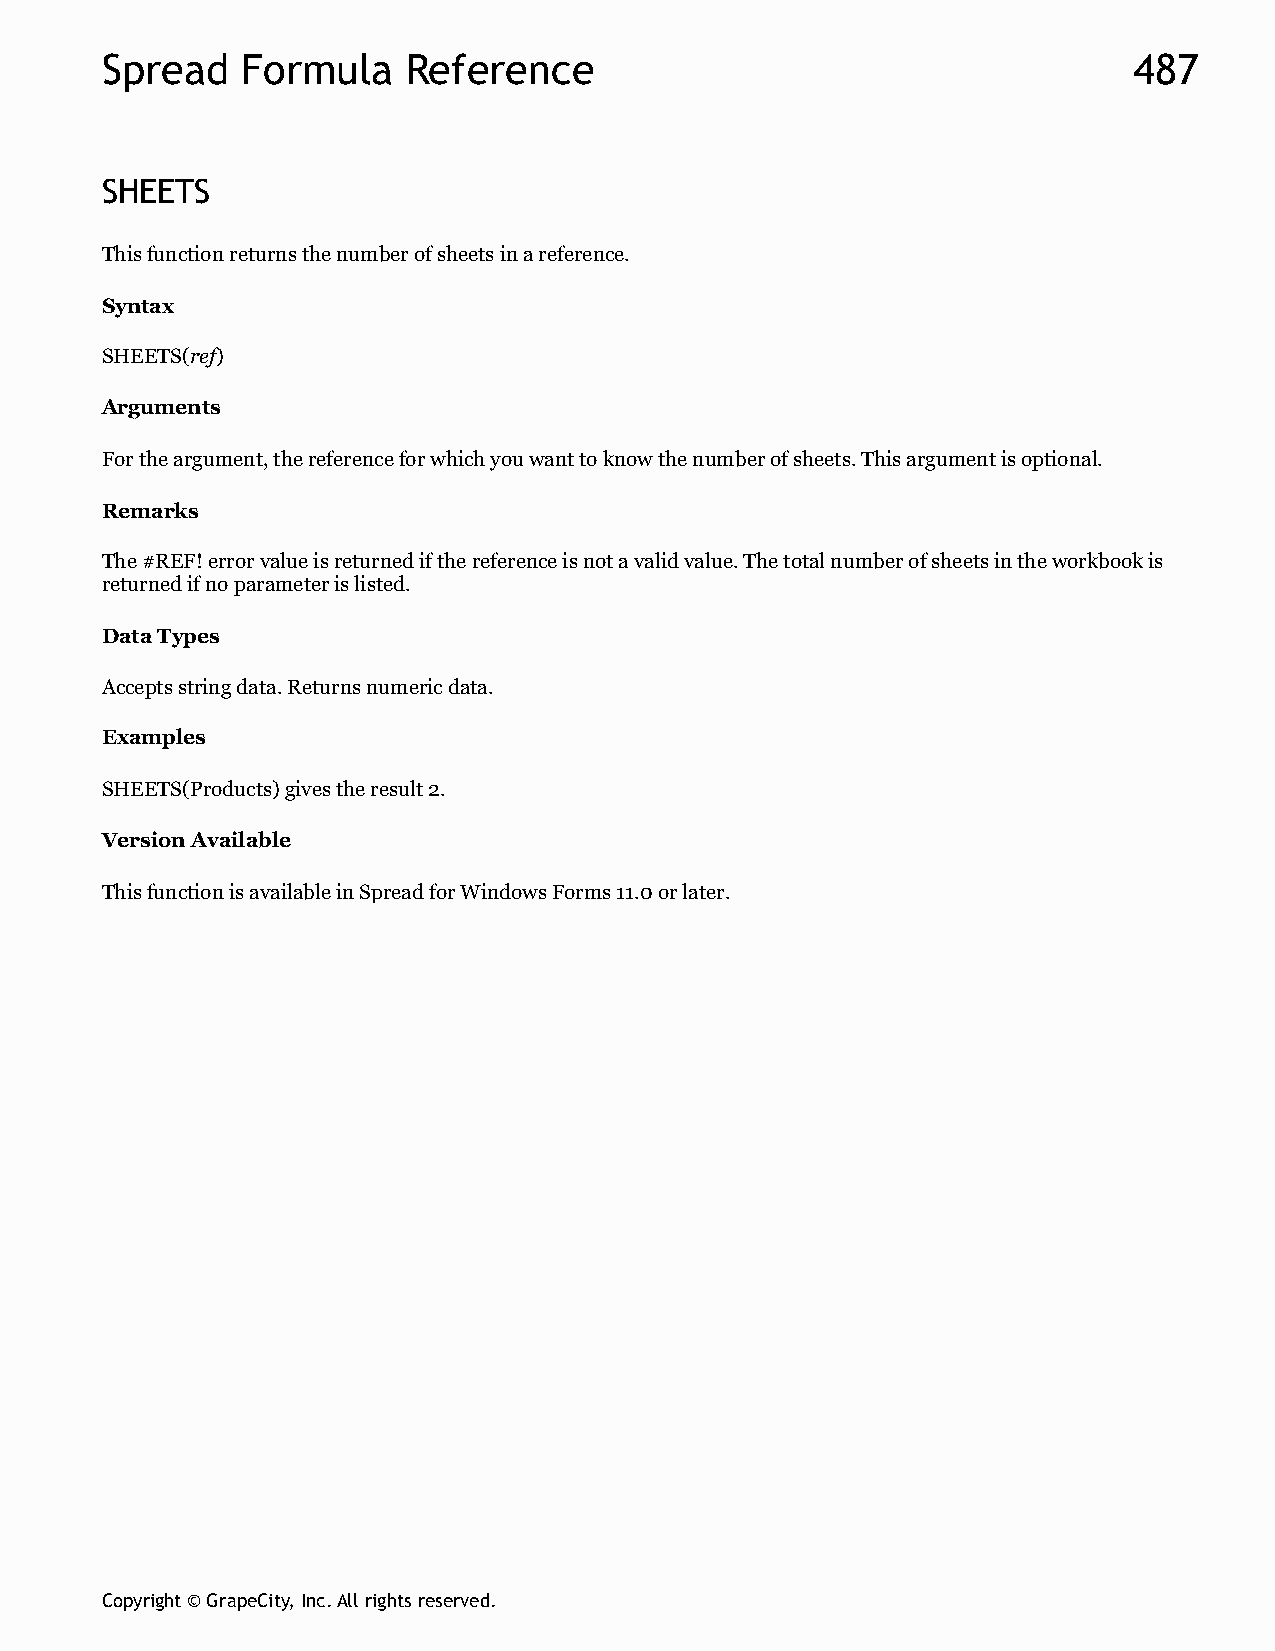
Spread   Formula    Reference                                       487
 SHEETS
 This function returns the number of sheets in a reference.
 Syntax
 SHEETS(ref)
 Arguments
 For the argument, the reference for which you want to know the number of sheets. This argument is optional.
 Remarks
 The #REF! error value is returned if the reference is not a valid value. The total number of sheets in the workbook is
 returned if no parameter is listed.
 Data Types
 Accepts string data. Returns numeric data.
 Examples
 SHEETS(Products) gives the result 2.
 Version Available
 This function is available in Spread for Windows Forms 11.0 or later.
 Copyright © GrapeCity, Inc. All rights reserved.